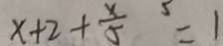
x + 2 + \frac { x } { 5 } = 1